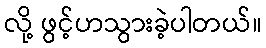
လို့ ဖွင့်ဟသွားခဲ့ပါတယ်။